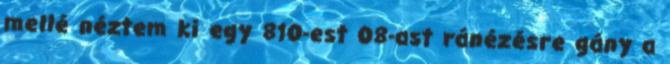
mellé néztem ki egy 810-est 08-ast ránézésre gány a